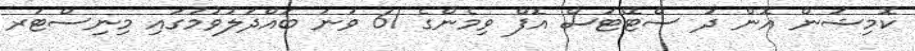
ކޮމިޝަން އޮން ދަ ސްޓޭޓަސް އޮފް ވިމެންގެ 61 ވަނަ ބައްދަލުވުމުގައި މިނިސްޓަރ